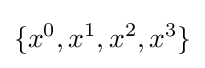
\{x^{0},x^{1},x^{2},x^{3}\}